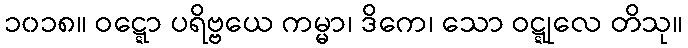
၁၀၁၈။ ဝဋ္ဋော ပရိဗ္ဗယေ ကမ္မာ၊ ဒိကေ၊ သော ဝဋ္ဋုလေ တိသု။